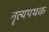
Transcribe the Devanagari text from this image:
नॄत्यपथक